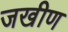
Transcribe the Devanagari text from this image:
जखीण